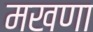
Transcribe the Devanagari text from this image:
मखणा